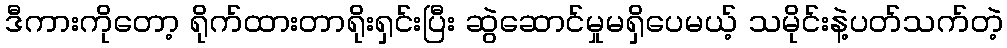
ဒီကားကိုတော့ ရိုက်ထားတာရိုးရှင်းပြီး ဆွဲဆောင်မှုမရှိပေမယ့် သမိုင်းနဲ့ပတ်သက်တဲ့